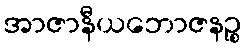
အာဇာနီယဘောဇနဉ္စ